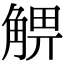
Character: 𧤃